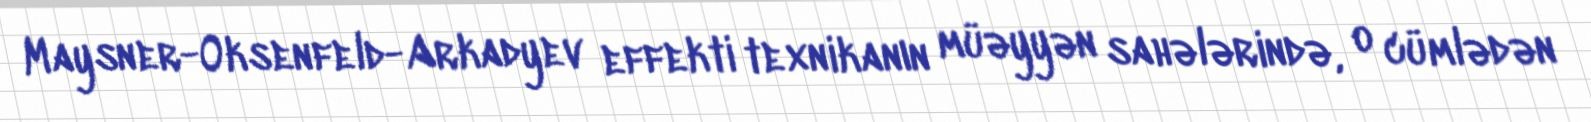
Maysner-Oksenfeld-Arkadyev effekti texnikanın müəyyən sahələrində, o cümlədən